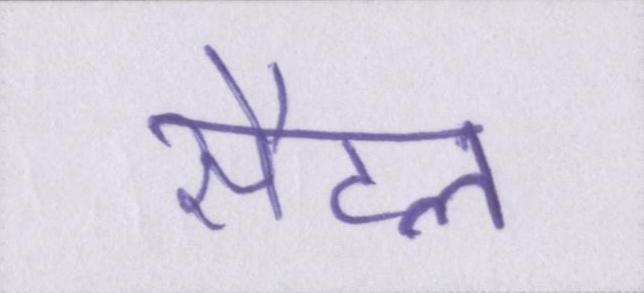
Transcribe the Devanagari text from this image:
सैटल